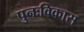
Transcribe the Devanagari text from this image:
पुनःविकास